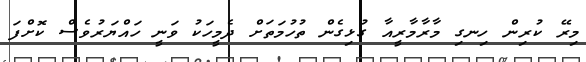
މިރޭ ކުރިން ހިނގި މާރާމާރީއާ ގުޅިގެން ތުހުމަތަށް ދެމީހަކު ވަނީ ހައްޔަރުވެސް ކޮށްފަ